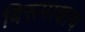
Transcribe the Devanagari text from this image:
विरूपाक्षाय